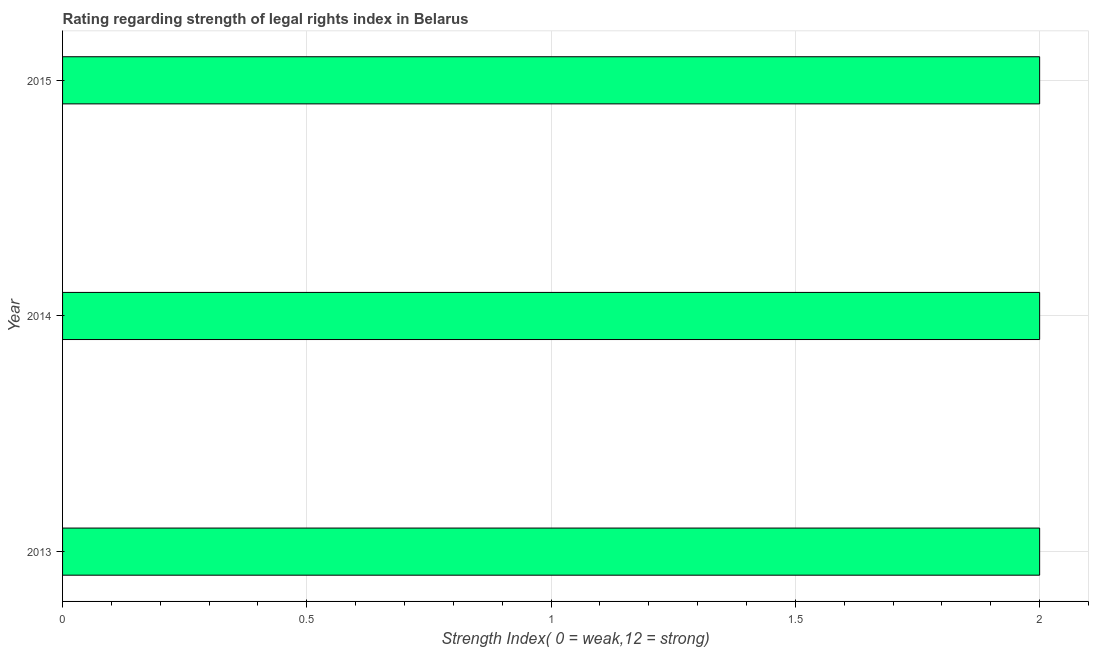
| Year | Strength of legal rights index |
 | --- | --- |
 | 2013 | 2 |
 | 2014 | 2 |
 | 2015 | 2 |